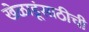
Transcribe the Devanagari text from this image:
खेळाडूंसाठीची